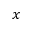
x